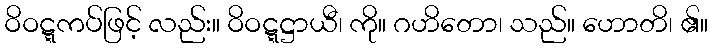
ဝိဝဋ္ဋကပ်ဖြင့် လည်း။ ဝိဝဋ္ဋဋ္ဌာယီ၊ ကို။ ဂဟိတော၊ သည်။ ဟောတိ၊ ၏။